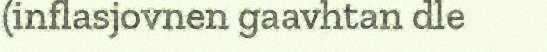
(inflasjovnen gaavhtan dle